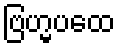
ဗြဟ္မပထေ